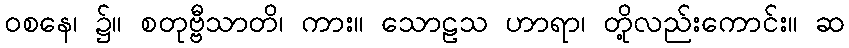
ဝစနေ၊ ၌။ စတုဗ္ဗီသာတိ၊ ကား။ သောဠသ ဟာရာ၊ တို့လည်းကောင်း။ ဆ